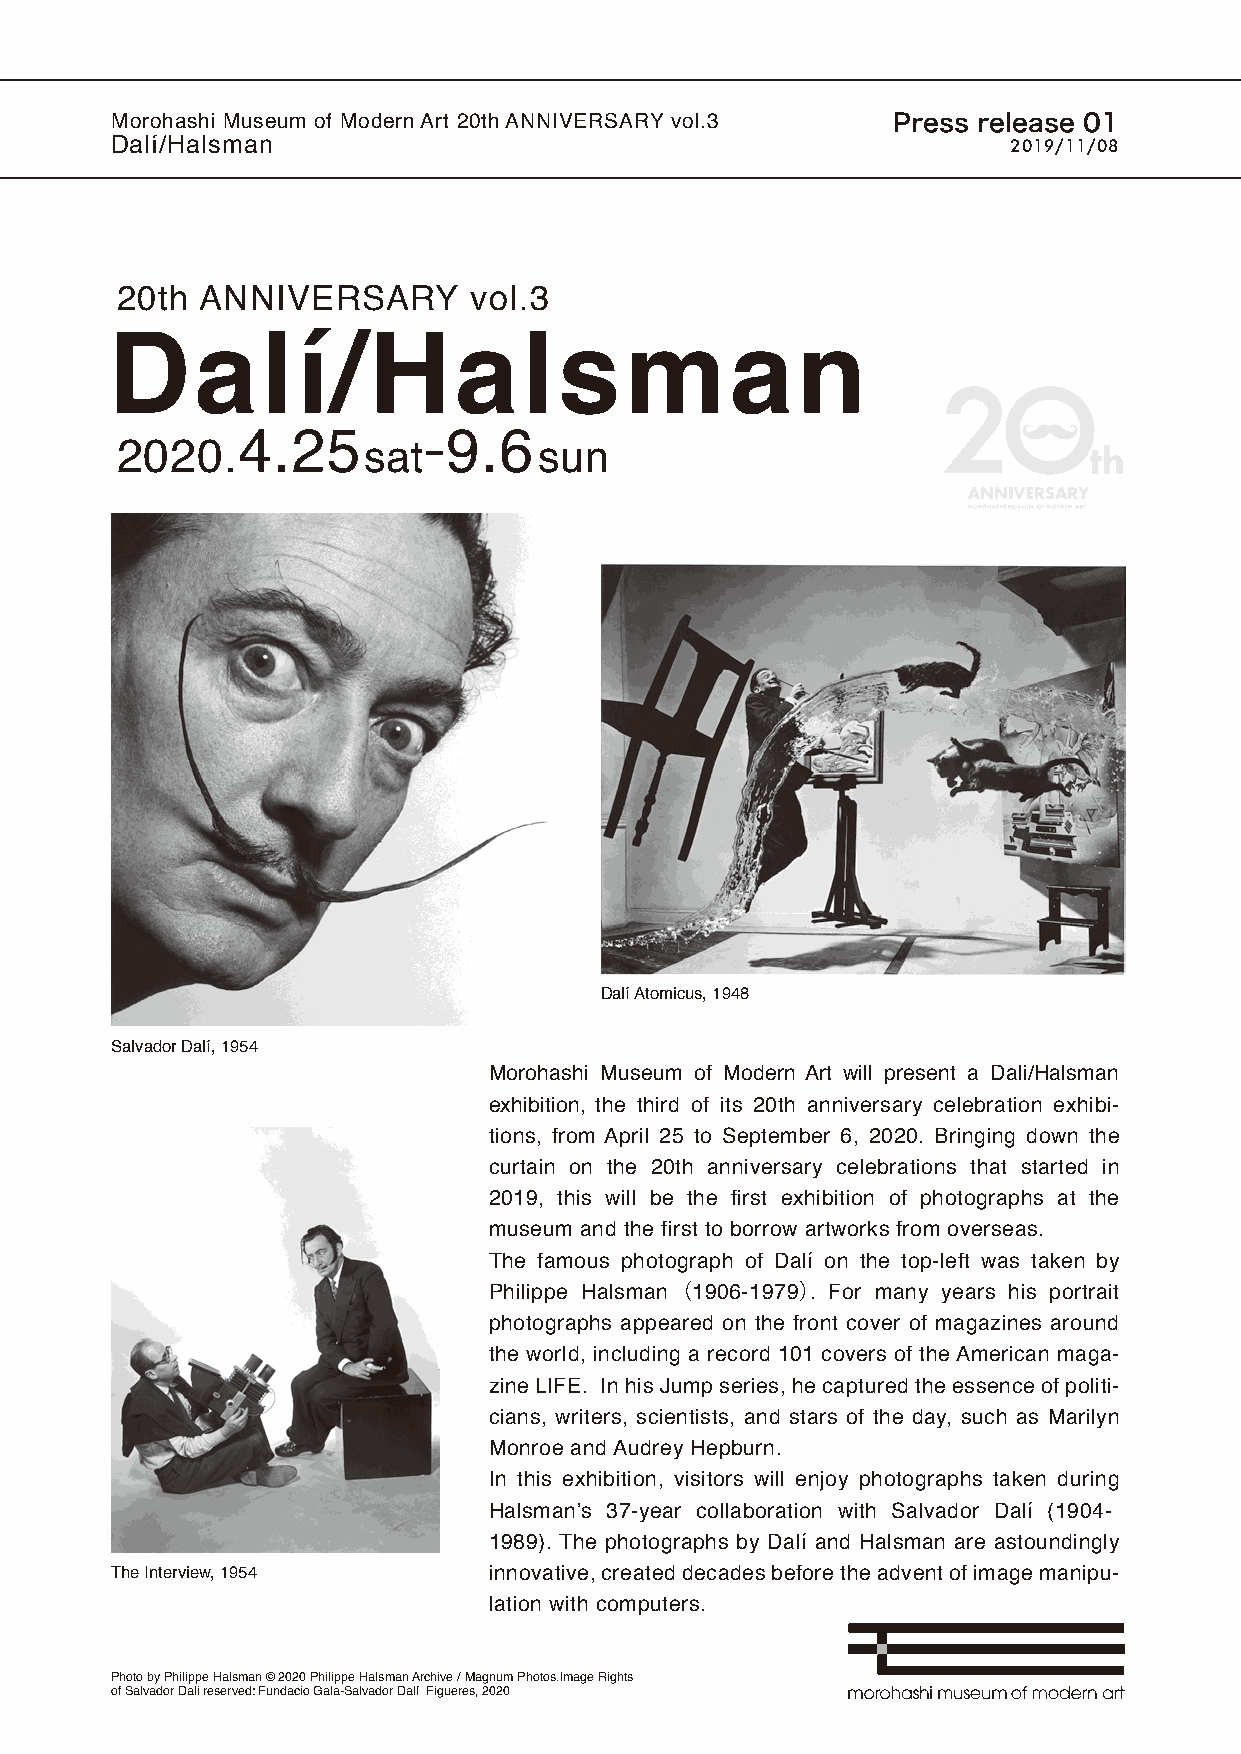
Morohashi Museum of Modern Art 20th ANNIVERSARY vol.3 Press release 01
 Dalí/Halsman                                                2019/11/08
 20th ANNIVERSARY       vol.3
 Dalí/Halsman
 -
 4.25          9.6
 2020.           sat         sun
 Dalí Atomicus, 1948
 Salvador Dalí, 1954
 Morohashi Museum of Modern Art will present a Dali/Halsman
 exhibition, the third of its 20th anniversary celebration exhibi-
 tions, from April 25 to September 6, 2020. Bringing down the
 curtain on the 20th anniversary celebrations that started in
 2019, this will be the first exhibition of photographs at the
 museum and the first to borrow artworks from overseas.
 The famous photograph of Dalí on the top-left was taken by
 Philippe Halsman （1906-1979）. For many years his portrait
 photographs appeared on the front cover of magazines around
 the world, including a record 101 covers of the American maga-
 zine LIFE. In his Jump series, he captured the essence of politi-
 cians, writers, scientists, and stars of the day, such as Marilyn
 Monroe and Audrey Hepburn.
 In this exhibition, visitors will enjoy photographs taken during
 Halsman’s 37-year collaboration with Salvador Dalí (1904-
 1989). The photographs by Dalí and Halsman are astoundingly
 The Interview, 1954      innovative, created decades before the advent of image manipu-
 lation with computers.
 Photo by Philippe Halsman © 2020 Philippe Halsman Archive / Magnum Photos.Image Rights
 of Salvador Dali reserved: Fundacio Gala-Salvador Dalí Figueres, 2020